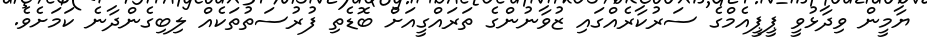
ޔާމީން ވިދާޅުވީ ޕީޕީއެމްގެ ސަރުކާރެއްގައި ޒުވާނުންގެ ތަރައްގީއަށް ބޮޑެތި ފުރުސަތުތަކެއް ލިބިގެންދާނެ ކަމަށެވެ.